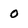
Character: 0